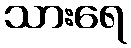
သားရေ